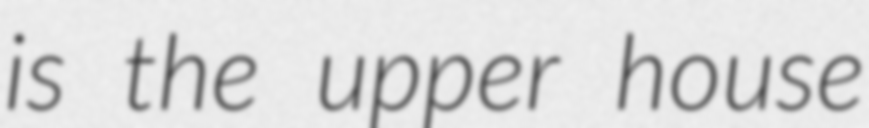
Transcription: is the upper house